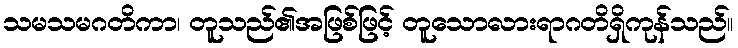
သမသမဂတိကာ၊ တူသည်၏အဖြစ်ဖြင့် တူသောလားရာဂတိရှိကုန်သည်။